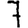
Digit: 7